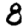
Digit: 8